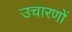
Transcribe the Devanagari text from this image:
उचारणों